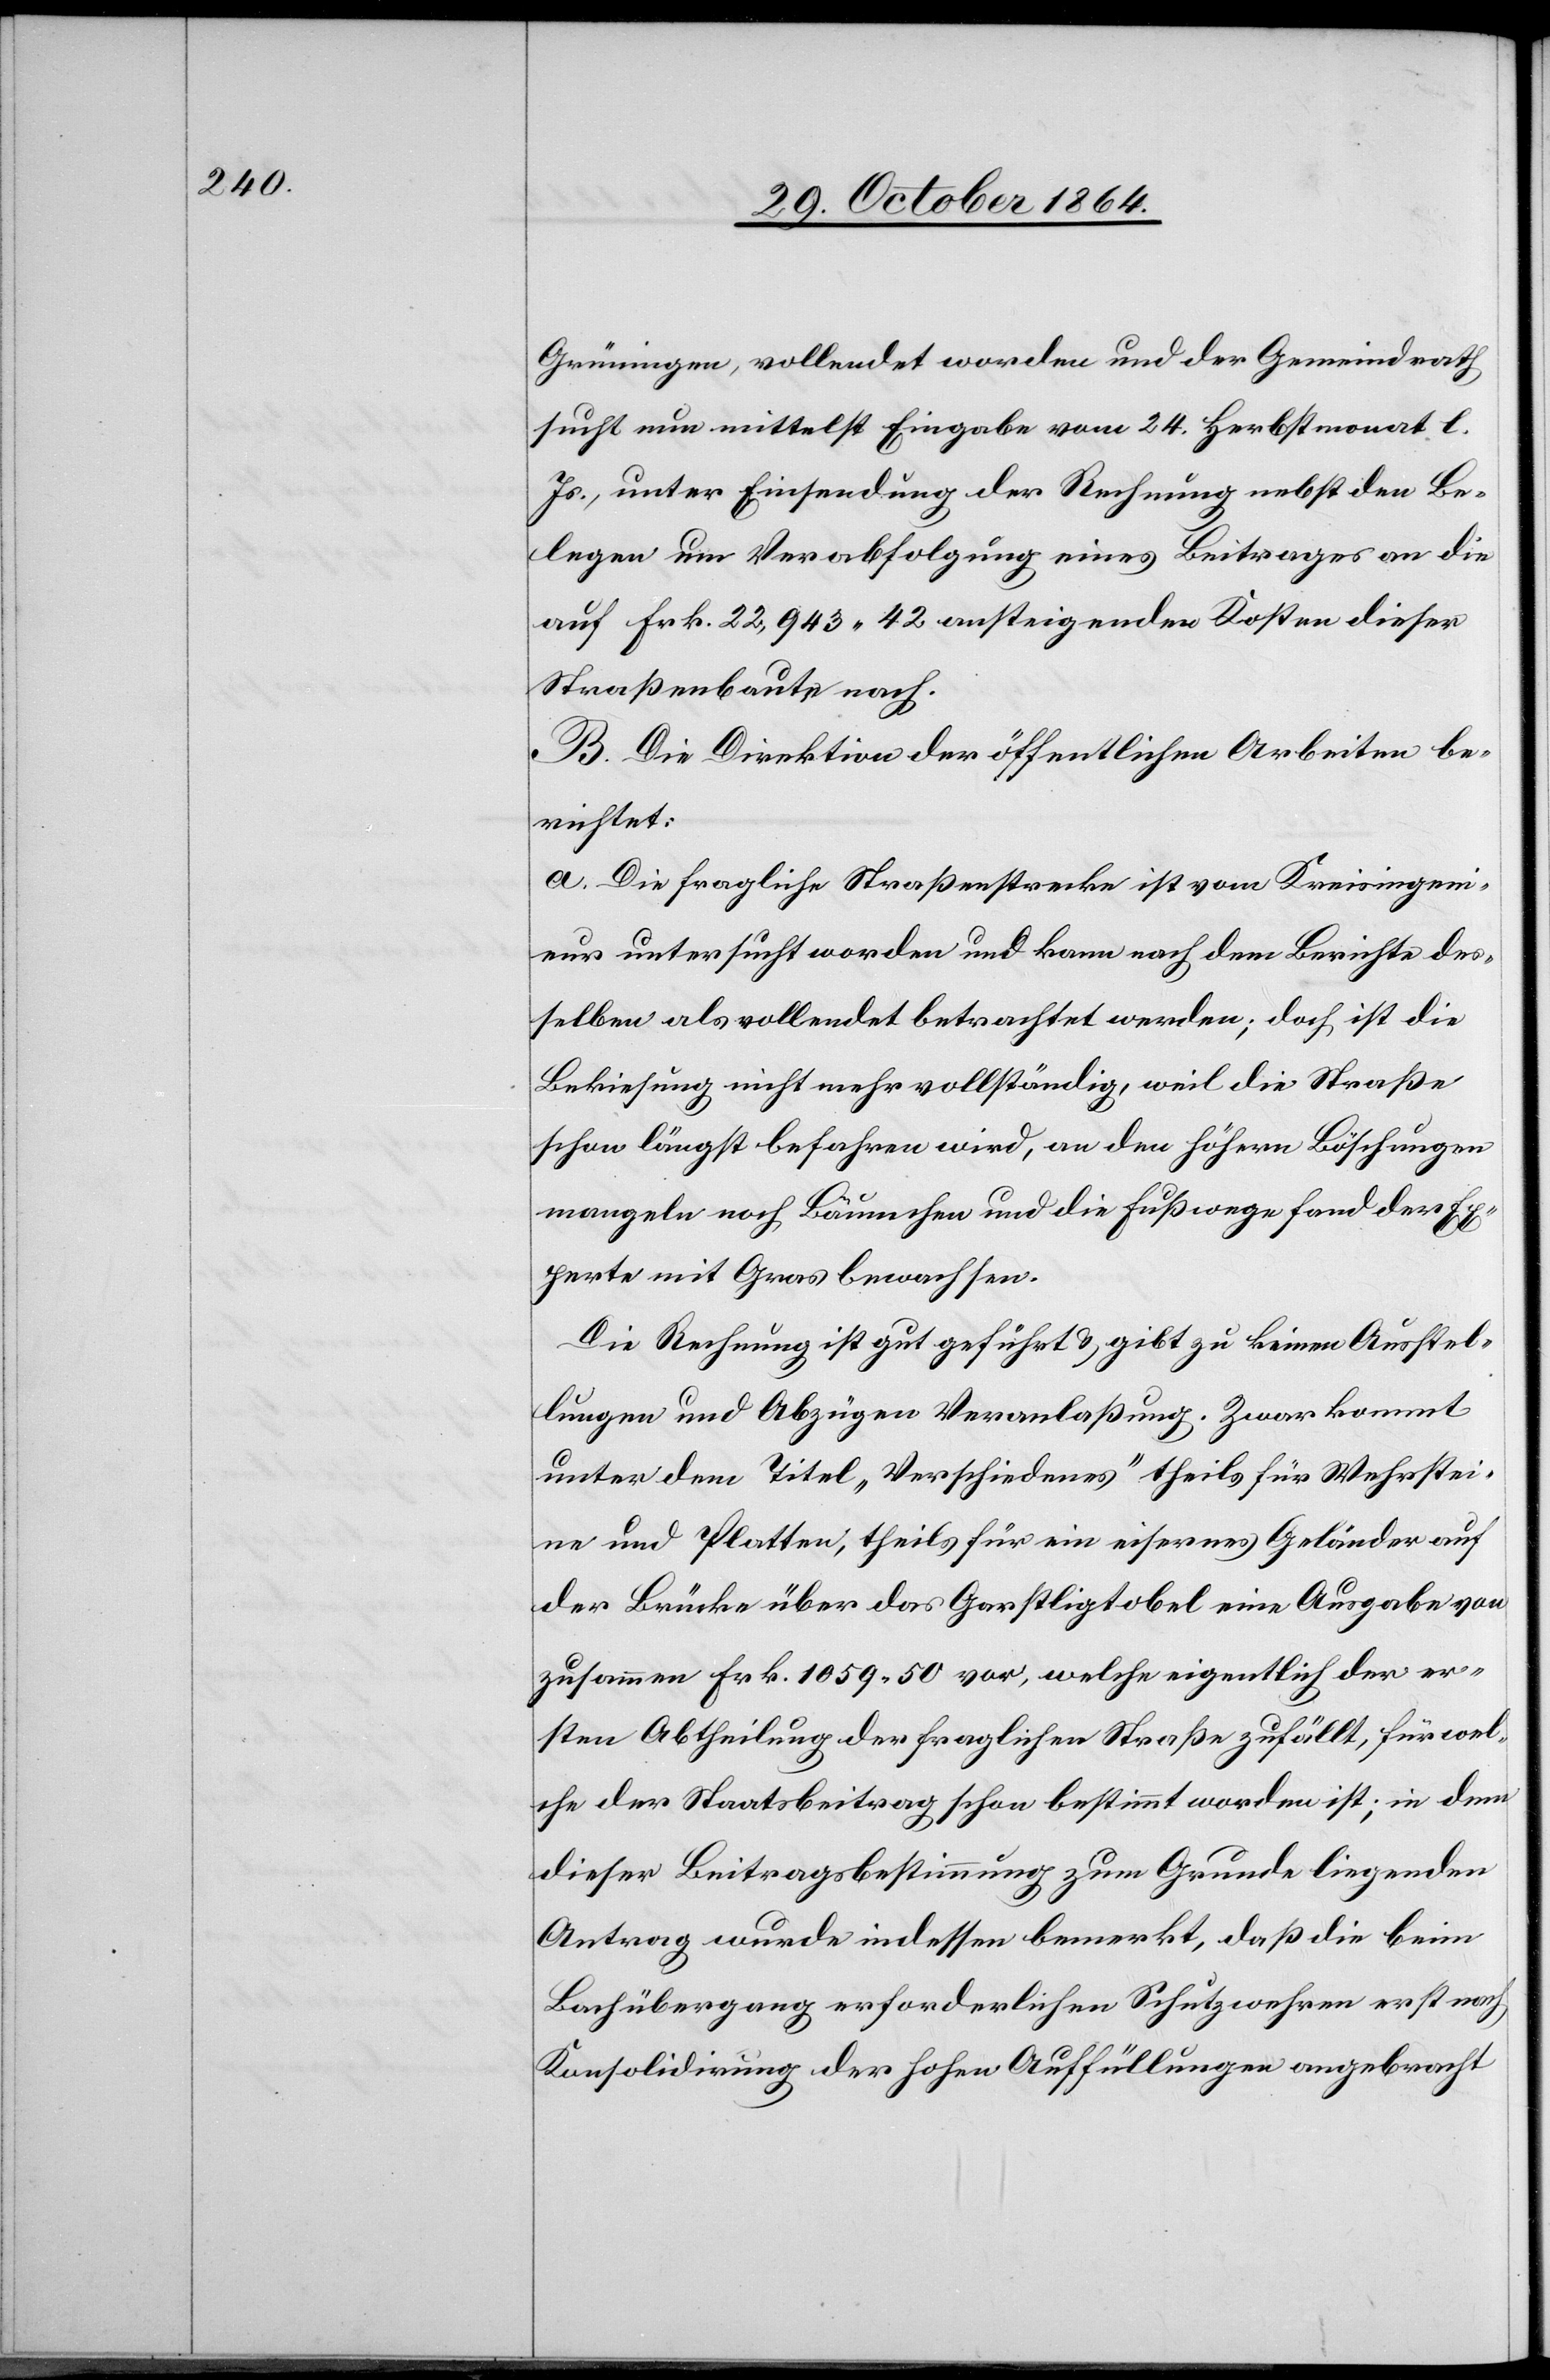
Grüningen, vollendet worden und der Gemeindrath
sucht nun mittelst Eingabe vom 24. Herbstmonat l.
Js., unter Einsendung der Rechnung nebst den Be¬
legen um Verabfolgung eines Beitrages an die
auf Frk. 22,943.42 ansteigenden Kosten dieser
Straßenbaute nach.
B. Die Direktion der öffentlichen Arbeiten be¬
richtet:
a.) Die fragliche Straßenstrecke ist vom Kreisingeni¬
eur untersucht worden und kann mach dem Berichte des¬
selben als vollendet betrachtet werden; doch ist die
Bekiesung nicht mehr vollständig, weil die Straße
schon längst befahren wird, an den höhern Böschungen
mangeln noch Bäumchen und die Fußwege fand der Ex¬
perte mit Gras bewachsen.
Die Rechnung ist gut geführt & gibt zu keinen Ausstel¬
lungen und Abzügen Veranlaßung. Zwar kommt
unter dem Titel „Verschiedenes“ theils für Wehrstei¬
ne und Platten, theils für ein eisernes Geländer auf
der Brücke über das Garstligtobel eine Ausgabe von
zusammen Frk. 1059.50 vor, welche eigentlich der er¬
sten Abtheilung der fraglichen Straße zufällt, für wel¬
che der Staatsbeitrag schon bestimmt worden ist; in dem
dieser Beitragsbestimmung zu Grunde liegenden
Antrag wurde indessen bemerkt, daß die beim
Bachübergang erforderlichen Schutzwehren erst noch
Konsolidirung der hohen Auffüllungen angebracht